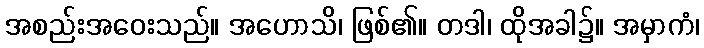
အစည်းအဝေးသည်။ အဟောသိ၊ ဖြစ်၏။ တဒါ၊ ထိုအခါ၌။ အမှာကံ၊